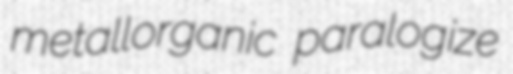
metallorganic paralogize